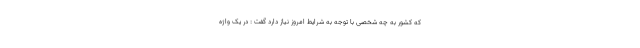
که کشور به چه شخصی با توجه به شرایط امروز نیاز دارد گفت : در یک واژه